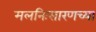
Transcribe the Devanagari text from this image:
मलनिःसारणच्या